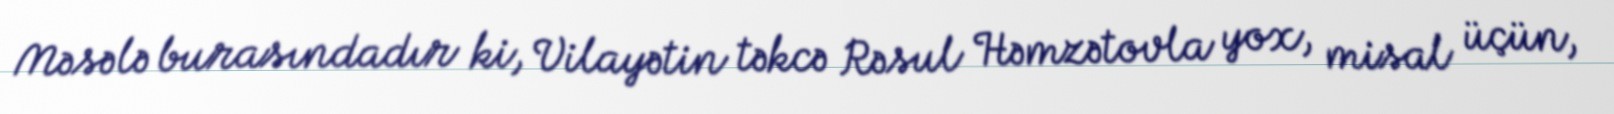
Məsələ burasındadır ki, Vilayətin təkcə Rəsul Həmzətovla yox, misal üçün,